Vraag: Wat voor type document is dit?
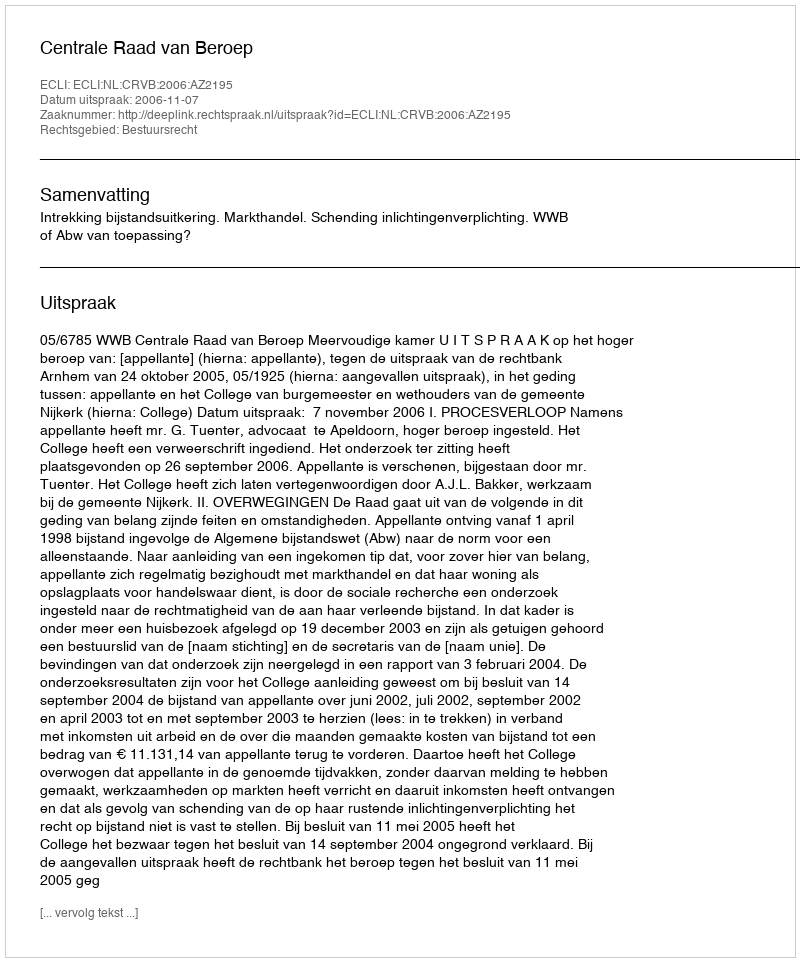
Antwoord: Uitspraak